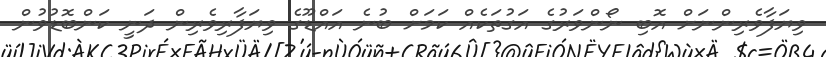
ވިޔަފާވެރިންނަށް އޮބި ނޯންވަރުގެ އަގުތަކެއް ކަމަށް ބުނެ އައްޑޫގެ ވިޔަފާރިވެރިން ދަނީ ކަންބޮޑުވުން